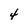
Character: 4